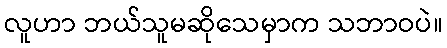
လူဟာ ဘယ်သူမဆိုသေမှာက သဘာဝပဲ။